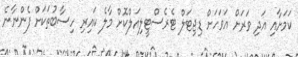
ކަމަށާއި އަދި ވަރަށް އަވަހަށް ޑިޖިޓަލް ޓެރެސްޓީލިއަލްކޮށް މާލެ ކައިރި ހިސާބުތަކަށް ފެންނާނެ